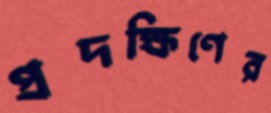
প্রদক্ষিণের